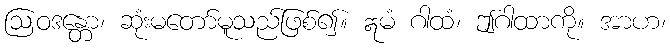
ဩဝဒန္တော၊ ဆုံးမတော်မူသည်ဖြစ်၍။ ဣမံ ဂါထံ၊ ဤဂါထာကို။ အာဟ၊